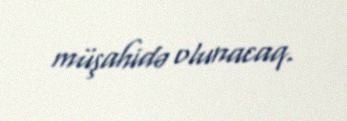
müşahidə olunacaq.